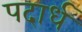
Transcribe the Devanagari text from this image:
पदार्ध